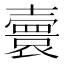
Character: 𡕅